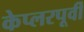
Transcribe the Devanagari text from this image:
केप्लरपूर्वी